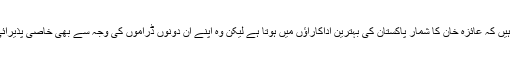
یہ تو سب جانتے ہی ہیں کہ عائزہ خان کا شمار پاکستان کی بہترین اداکاراؤں میں ہوتا ہے لیکن وہ اپنے ان دونوں ڈراموں کی وجہ سے بھی خاصی پذیرائی حاصل کررہی ہیں۔